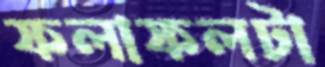
ফলাফলটা